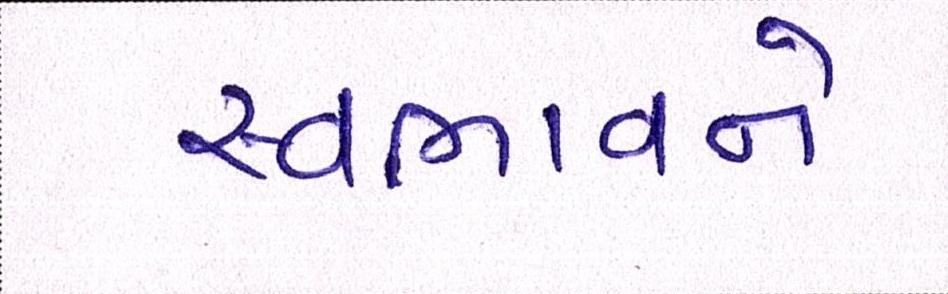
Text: સ્વભાવને